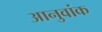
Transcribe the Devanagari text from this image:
आनुवांक